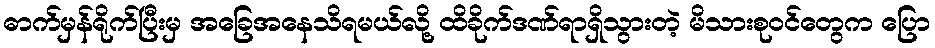
ဓာက်မှန်ရိုက်ပြီးမှ အခြေအနေသိရမယ်လို့ ထိခိုက်ဒဏ်ရာရှိသွားတဲ့ မိသားစုဝင်တွေက ပြော